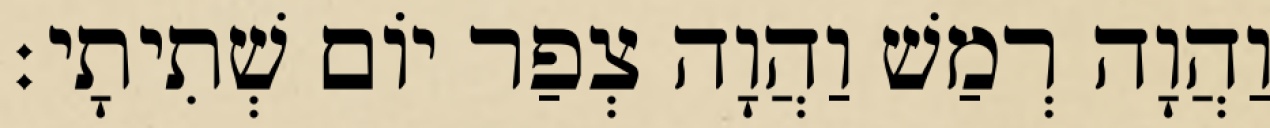
וַהֲוָה רְמַשׁ וַהֲוָה צְפַר יוֹם שְׁתִיתָי׃